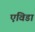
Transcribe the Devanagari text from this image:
एविडा